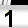
Digit: 1